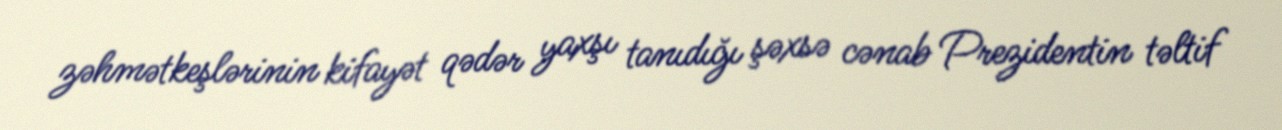
zəhmətkeşlərinin kifayət qədər yaxşı tanıdığı şəxsə cənab Prezidentin təltif